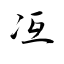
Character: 冱